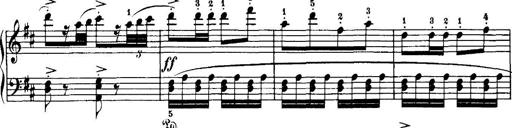
Title: 7 Sonatinas
Composer: Anton Diabelli